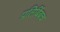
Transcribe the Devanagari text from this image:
प्रतिबिंबच